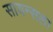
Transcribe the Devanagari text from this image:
सायन्सला